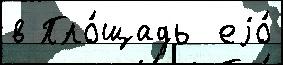
в Пло́щадь  еjо́